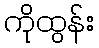
ကိုထွန်း